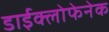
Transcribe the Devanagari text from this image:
डाईक्लोफेनेक